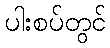
ပါးစပ်တွင်